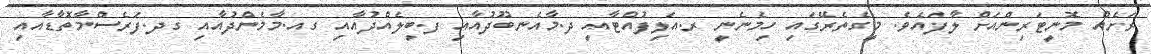
ރަށެއް މޮނީޓަރިންއަށް ލާފައެވެ. މީގެތެރޭގައި ހިމެނެނީ ރ.އަލިފުއްޓާއި ދ.މާއެނބޫދުއާއި ފ.ބިލެއްދުއާއި ގއ.މާމެންދުއާއި ގދ.ފަރެސްމާތޮޑާއާއި